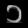
Digit: ၁